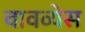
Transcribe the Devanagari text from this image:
वावव्येस